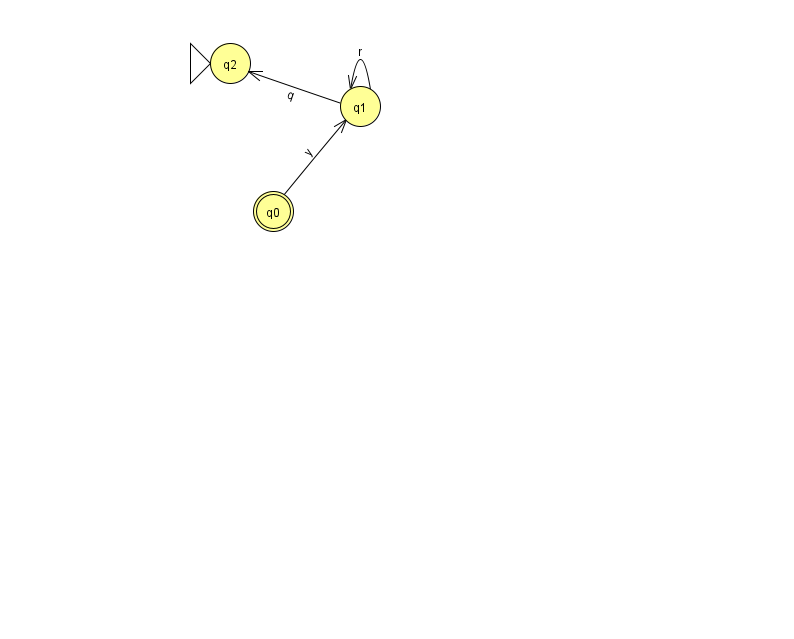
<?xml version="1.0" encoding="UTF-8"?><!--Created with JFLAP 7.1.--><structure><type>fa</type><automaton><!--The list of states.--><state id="0" name="q0"><x>273.0</x><y>198.0</y><final/></state><state id="1" name="q1"><x>360.0</x><y>93.0</y></state><state id="2" name="q2"><x>230.0</x><y>50.0</y><initial/></state><!--The list of transitions.--><transition><from>1</from><to>1</to><read>r</read></transition><transition><from>0</from><to>1</to><read>y</read></transition><transition><from>1</from><to>2</to><read>q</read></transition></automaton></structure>